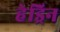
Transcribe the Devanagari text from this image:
हेड्रिन